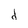
Character: d